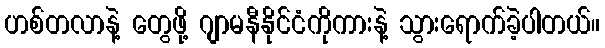
ဟစ်တလာနဲ့ တွေဖို့ ဂျာမနီနိုင်ငံကိုကားနဲ့ သွားရောက်ခဲ့ပါတယ်။